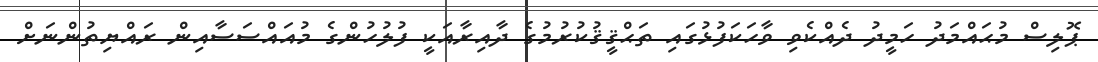
ޕޮލިސް މުޙައްމަދު ހަމީދު ދެއްކެވި ވާހަކަފުޅުގައި ތަޙްޤީޤުކުރުމުގެ ދާއިރާއަކީ ފުލުހުންގެ މުއައްސަސާއިން ރައްޔިތުންނަށް